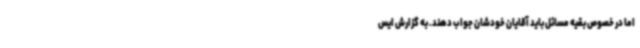
اما در خصوص بقیه مسائل باید آقایان خودشان جواب دهند. به گزارش ایس